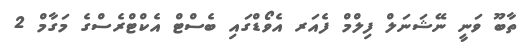
ތާބޫ ވަނީ ނޭޝަނަލް ފިލްމް ފެއަރ އެވޯޑްގައި ބެސްޓް އެކްޓްރެސްގެ މަގާމް 2